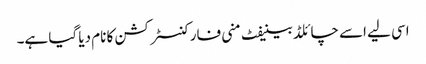
اسی لیے اسے چائلڈ بینیفٹ منی فار کنسٹرکشن کا نام دیا گیا ہے۔